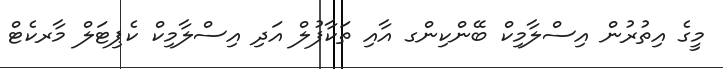
މީގެ އިތުރުން އިސްލާމިކް ބޭންކިންގ އާއި ތަކާފުލް އަދި އިސްލާމިކް ކެޕިޓަލް މާރކެޓް